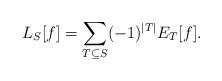
LaTeX: \begin{align*}L_S[f]=\sum_{T\subseteq S}(-1)^{|T|} E_T[f].\end{align*}